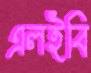
এলইবি